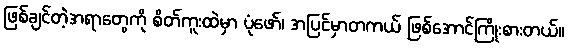
ဖြစ်ချင်တဲ့အရာတွေကို စိတ်ကူးထဲမှာ ပုံဖော်၊ အပြင်မှာတကယ် ဖြစ်အောင်ကြိုးစားတယ်။